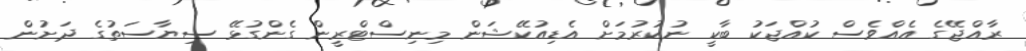
ރާއްޖޭގެ އެއްވެސް ކުއްޖަކު ބާކީ ނުކުރުމަށް އެޑިއުކޭޝަން މިނިސްޓްރީން ގެންގުޅޭ ސިޔާސަތުގެ ދަށުން